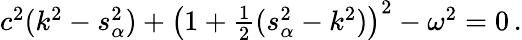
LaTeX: \begin{array}{r}{c^{2}(k^{2}-s_{\alpha}^{2})+\left(1+\frac{1}{2}(s_{\alpha}^{2}-k^{2})\right)^{2}-\omega^{2}=0\, .}\end{array}